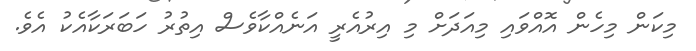
މިކަން މިހެން އޮއްވައި މިއަދަށް މި އިރުއެރީ އަނެއްކާވެސް އިތުރު ހަބަރަކާއެކު އެވެ.